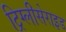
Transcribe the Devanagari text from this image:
ट्रिग्लीसेराइड